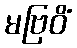
မဗြဝိံ